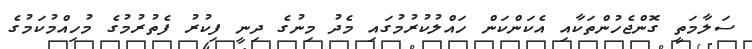
ސަލާމަތީ ގޮންޖެހުންތަކާއި އެކަންކަން ހައްލުކުރުމުގައި މެދު މިނުގެ ދިނީ ފިކުރު ފެތުރުމުގެ މުހިއްމުކަމުގެ